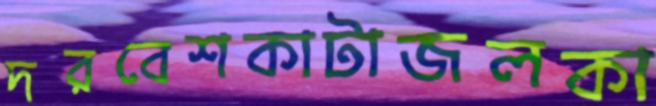
দরবেশকাটাজলকা